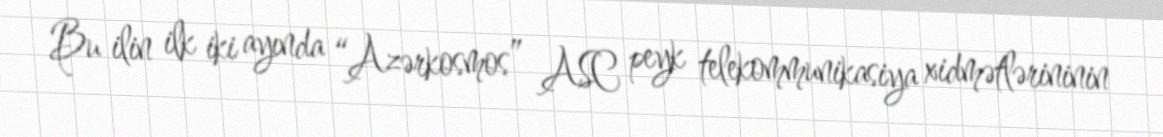
Bu ilin ilk iki ayında “Azərkosmos” ASC peyk telekommunikasiya xidmətlərininin